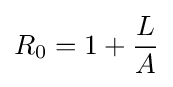
R_{0}=1+{\frac {L}{A}}